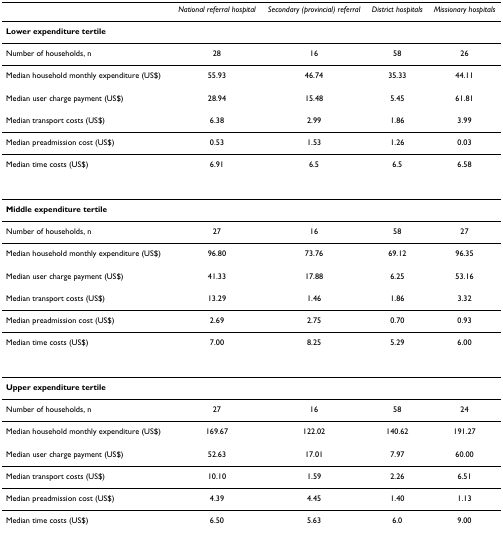
<table><thead><tr><td></td><td><b><i>National referral hospital</i></b></td><td><b><i>Secondary (provincial) referral</i></b></td><td><b><i>District hospitals</i></b></td><td><b><i>Missionary hospitals</i></b></td></tr></thead><tbody><tr><td><b>Lower expenditure tertile</b></td><td></td><td></td><td></td><td></td></tr><tr><td>Number of households, n</td><td>28</td><td>16</td><td>58</td><td>26</td></tr><tr><td>Median household monthly expenditure (US$)</td><td>55.93</td><td>46.74</td><td>35.33</td><td>44.11</td></tr><tr><td>Median user charge payment (US$)</td><td>28.94</td><td>15.48</td><td>5.45</td><td>61.81</td></tr><tr><td>Median transport costs (US$)</td><td>6.38</td><td>2.99</td><td>1.86</td><td>3.99</td></tr><tr><td>Median preadmission cost (US$)</td><td>0.53</td><td>1.53</td><td>1.26</td><td>0.03</td></tr><tr><td>Median time costs (US$)</td><td>6.91</td><td>6.5</td><td>6.5</td><td>6.58</td></tr><tr><td><b>Middle expenditure tertile</b></td><td></td><td></td><td></td><td></td></tr><tr><td>Number of households, n</td><td>27</td><td>16</td><td>58</td><td>27</td></tr><tr><td>Median household monthly expenditure (US$)</td><td>96.80</td><td>73.76</td><td>69.12</td><td>96.35</td></tr><tr><td>Median user charge payment (US$)</td><td>41.33</td><td>17.88</td><td>6.25</td><td>53.16</td></tr><tr><td>Median transport costs (US$)</td><td>13.29</td><td>1.46</td><td>1.86</td><td>3.32</td></tr><tr><td>Median preadmission cost (US$)</td><td>2.69</td><td>2.75</td><td>0.70</td><td>0.93</td></tr><tr><td>Median time costs (US$)</td><td>7.00</td><td>8.25</td><td>5.29</td><td>6.00</td></tr><tr><td><b>Upper expenditure tertile</b></td><td></td><td></td><td></td><td></td></tr><tr><td>Number of households, n</td><td>27</td><td>16</td><td>58</td><td>24</td></tr><tr><td>Median household monthly expenditure (US$)</td><td>169.67</td><td>122.02</td><td>140.62</td><td>191.27</td></tr><tr><td>Median user charge payment (US$)</td><td>52.63</td><td>17.01</td><td>7.97</td><td>60.00</td></tr><tr><td>Median transport costs (US$)</td><td>10.10</td><td>1.59</td><td>2.26</td><td>6.51</td></tr><tr><td>Median preadmission cost (US$)</td><td>4.39</td><td>4.45</td><td>1.40</td><td>1.13</td></tr><tr><td>Median time costs (US$)</td><td>6.50</td><td>5.63</td><td>6.0</td><td>9.00</td></tr></tbody></table>